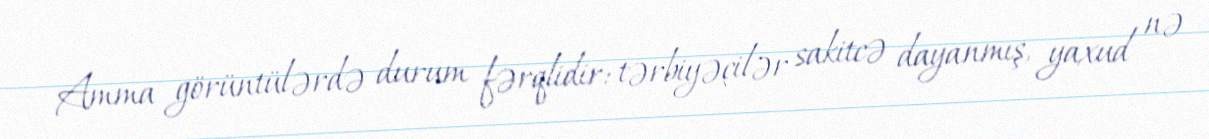
Amma görüntülərdə durum fərqlidir: tərbiyəçilər sakitcə dayanmış, yaxud nə